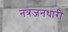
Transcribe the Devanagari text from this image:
नत्रजनधारी